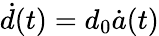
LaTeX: {\dot{d}}(t)=d_{0}{\dot{a}}(t)